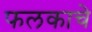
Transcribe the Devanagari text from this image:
फलकाचे